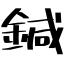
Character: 鍼